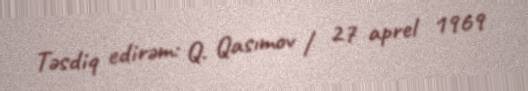
Təsdiq edirəm: Q. Qasımov / 27 aprel 1969